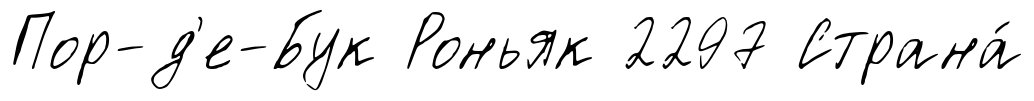
Пор-д'е-Бук Роньяк 2297 Страна́